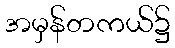
အမှန်တကယ်၌